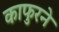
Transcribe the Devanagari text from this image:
काफुरने